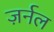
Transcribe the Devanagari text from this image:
ज़र्नल